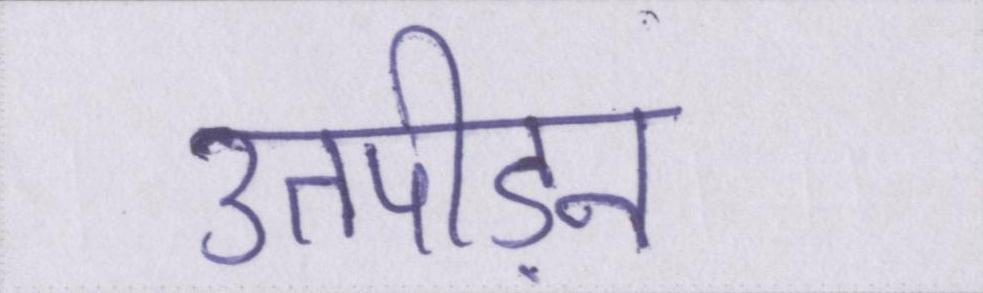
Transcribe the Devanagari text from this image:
उतपीड़न